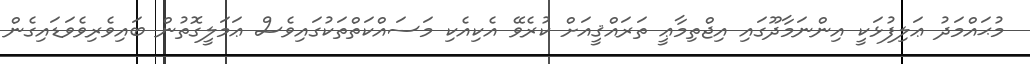
މުޙައްމަދު ޢަލިފުޅަކީ އިންނަމާދޫގައި އިޖްތިމާޢީ ތަރައްޤީއަށް ކުރެވޭ އެކިއެކި މަސައްކަތްތަކުގައިވެސް ޢަމަލީގޮތުން ބައިވެރިވެވަޑައިގެން